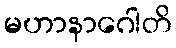
မဟာနာဂေါတိ